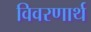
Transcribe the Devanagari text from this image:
विवरणार्थ